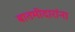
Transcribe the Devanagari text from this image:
बातमीदारांना